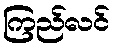
ကြည်လင်